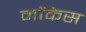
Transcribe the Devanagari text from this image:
मोंकेस